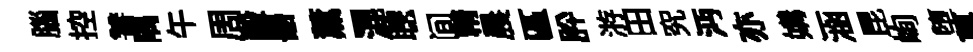
腦控讐隅午周毅噐薰-混聰间精晨區肸㳺田究沔亦媾涵昆峋堕菓